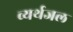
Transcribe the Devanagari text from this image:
व्यर्थजल